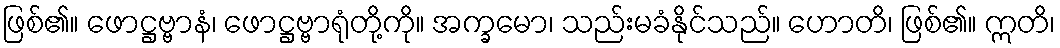
ဖြစ်၏။ ဖောဋ္ဌဗ္ဗာနံ၊ ဖောဋ္ဌဗ္ဗာရုံတို့ကို။ အက္ခမော၊ သည်းမခံနိုင်သည်။ ဟောတိ၊ ဖြစ်၏။ ဣတိ၊